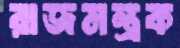
রাজমন্ত্রক